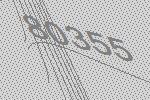
80355